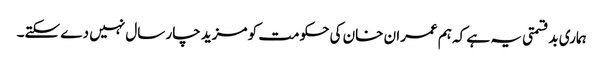
ہماری بدقسمتی یہ ہے کہ ہم عمران خان کی حکومت کو مزید چار سال نہیں دے سکتے۔